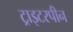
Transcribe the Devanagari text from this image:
ट्राइटरपीन